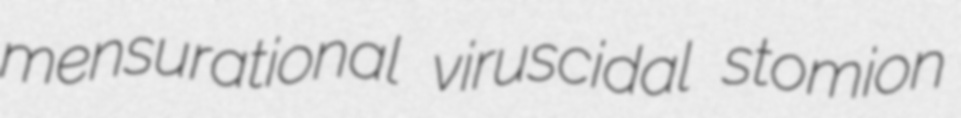
mensurational viruscidal stomion